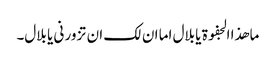
ما ھذا الجفوۃ یا بلال اما ان لک ان تزور نی یا بلال۔